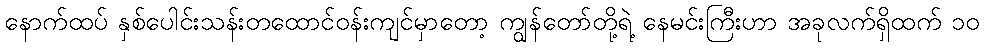
နောက်ထပ် နှစ်ပေါင်းသန်းတထောင်ဝန်းကျင်မှာတော့ ကျွန်တော်တို့ရဲ့ နေမင်းကြီးဟာ အခုလက်ရှိထက် ၁၀